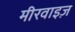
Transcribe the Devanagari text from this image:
मीरवाइज़